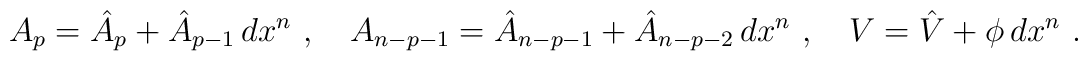
A_p = \hat{A}_p + \hat{A}_{p-1}\, dx^n\ ,\quad A_{n-p-1} =  \hat{A}_{n-p-1} + \hat{A}_{n-p-2}\, dx^n\ ,\quad V = \hat{V}  + \phi\, dx^n\ .